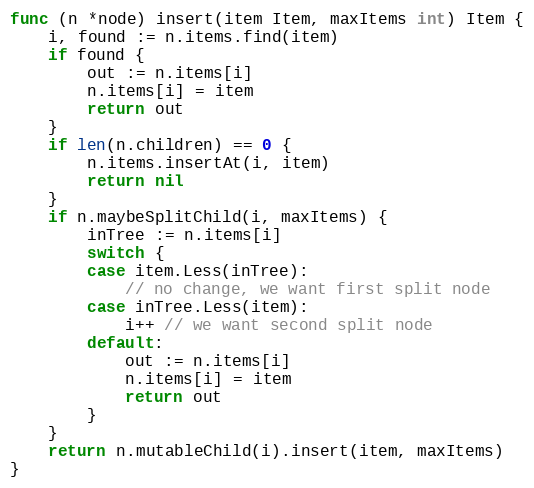
Language: Go
func (n *node) insert(item Item, maxItems int) Item {
	i, found := n.items.find(item)
	if found {
		out := n.items[i]
		n.items[i] = item
		return out
	}
	if len(n.children) == 0 {
		n.items.insertAt(i, item)
		return nil
	}
	if n.maybeSplitChild(i, maxItems) {
		inTree := n.items[i]
		switch {
		case item.Less(inTree):
			// no change, we want first split node
		case inTree.Less(item):
			i++ // we want second split node
		default:
			out := n.items[i]
			n.items[i] = item
			return out
		}
	}
	return n.mutableChild(i).insert(item, maxItems)
}